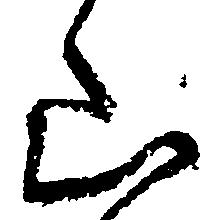
山